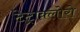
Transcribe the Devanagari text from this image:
टेट्राक्लोरो